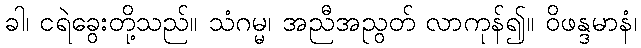
ခါ၊ ငရဲခွေးတို့သည်။ သံဂမ္မ၊ အညီအညွတ် လာကုန်၍။ ဝိဖန္ဒမာနံ၊